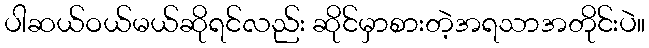
ပါဆယ်ဝယ်မယ်ဆိုရင်လည်း ဆိုင်မှာစားတဲ့အရသာအတိုင်းပဲ။